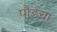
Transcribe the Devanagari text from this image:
पौडचा